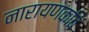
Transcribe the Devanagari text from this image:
नारायणकवि